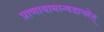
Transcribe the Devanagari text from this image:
प्राणायामान्षडाचरेत्